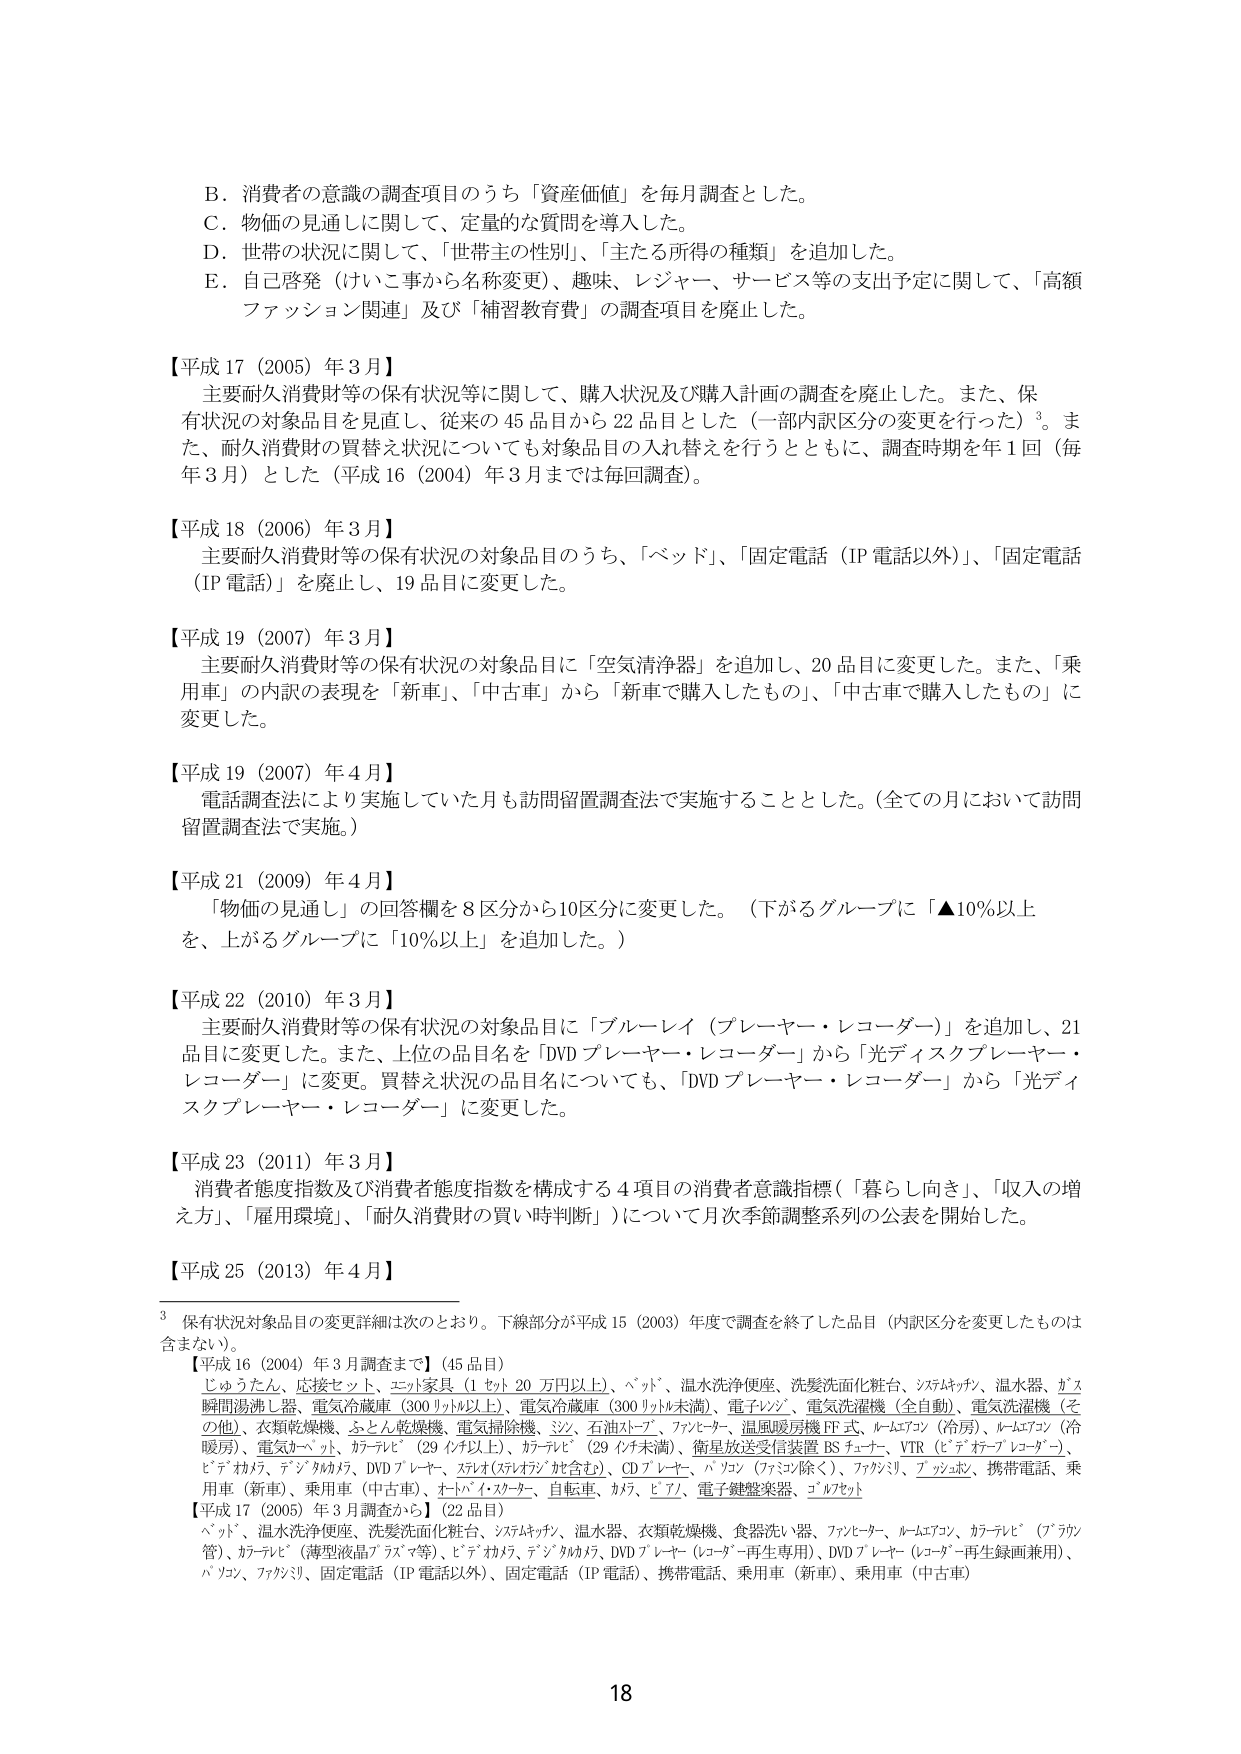
B．消費者の意識の調査項目のうち「資産価値」を毎月調査とした。
C．物価の見通しに関して、定量的な質問を導入した。
D．世帯の状況に関して、「世帯主の性別」、「主たる所得の種類」を追加した。
E．自己啓発（けいこ事から名称変更）、趣味、レジャー、サービス等の支出予定に関して、「高額ファッション関連」及び「補習教育費」の調査項目を廃止した。

【平成17（2005）年3月】
主要耐久消費財等の保有状況等に関して、購入状況及び購入計画の調査を廃止した。また、保有状況の対象品目を見直し、従来の45品目から22品目とした（一部内訳区分の変更を行った）³。また、耐久消費財の買替え状況についても対象品目の入れ替えを行うとともに、調査時期を年1回（毎年3月）とした（平成16（2004）年3月までは毎回調査）。

【平成18（2006）年3月】
主要耐久消費財等の保有状況の対象品目のうち、「ベッド」、「固定電話（IP電話以外）」、「固定電話（IP電話）」を廃止し、19品目に変更した。

【平成19（2007）年3月】
主要耐久消費財等の保有状況の対象品目に「空気清浄器」を追加し、20品目に変更した。また、「乗用車」の内訳の表現を「新車」、「中古車」から「新車で購入したもの」、「中古車で購入したもの」に変更した。

【平成19（2007）年4月】
電話調査法により実施していた月も訪問留置調査法で実施することとした。（全ての月において訪問留置調査法で実施。）

【平成21（2009）年4月】
「物価の見通し」の回答欄を8区分から10区分に変更した。（下がるグループに「▲10％以上を、上がるグループに「10％以上」を追加した。）

【平成22（2010）年3月】
主要耐久消費財等の保有状況の対象品目に「ブルーレイ（プレーヤー・レコーダー）」を追加し、21品目に変更した。また、上位の品目名を「DVDプレーヤー・レコーダー」から「光ディスクプレーヤー・レコーダー」に変更。買替え状況の品目名についても、「DVDプレーヤー・レコーダー」から「光ディスクプレーヤー・レコーダー」に変更した。

【平成23（2011）年3月】
消費者態度指数及び消費者態度指数を構成する4項目の消費者意識指標（「暮らし向き」、「収入の増え方」、「雇用環境」、「耐久消費財の買い時判断」）について月次季節調整系列の公表を開始した。

【平成25（2013）年4月】

³ 保有状況対象品目の変更詳細は次のとおり。下線部分が平成15（2003）年度で調査を終了した品目（内訳区分を変更したものは含まない）。
【平成16（2004）年3月調査まで】（45品目）
じゅうたん、応接セット、エレクトロニクス家電（1セット20万円以上）、ベッド、温水洗浄便座、洗髪洗面化粧台、システムキッチン、温水器、ガス瞬間湯沸し器、電気冷蔵庫（300リットル以上）、電気冷蔵庫（300リットル未満）、電子レンジ、電気洗濯機（全自動）、電気洗濯機（その他）、衣類乾燥機、ふとん乾燥機、電気掃除機、シンク、石油ストーブ、ファンヒーター、温風暖房機FF式、ルームエアコン（冷房）、ルームエアコン（冷暖房）、電気カーペット、カーテン（29インチ以上）、カーテン（29インチ未満）、衛星放送受信装置BSチューナー、VTR（ビデオテープレコーダー）、ビデオカメラ、デジタルカメラ、DVDプレーヤー、スカイアーチ（スカイアーチ含む）、CDプレーヤー、パソコン（ファミコン除く）、ファクシミリ、携帯電話、乗用車（新車）、乗用車（中古車）、ホットインスタント、自転車、カメラ、ビデオ、電子鍵盤楽器、ゴルフセット

【平成17（2005）年3月調査から】（22品目）
ベッド、温水洗浄便座、洗髪洗面化粧台、システムキッチン、温水器、衣類乾燥機、食器洗い器、ファンヒーター、ルームエアコン、カーテン（ブラウン管）、カーテン（薄型液晶ブラウン管）、ビデオカメラ、デジタルカメラ、DVDプレーヤー（レコーダー再生専用）、DVDプレーヤー（レコーダー再生録画兼用）、パソコン、ファクシミリ、固定電話（IP電話以外）、固定電話（IP電話）、携帯電話、乗用車（新車）、乗用車（中古車）

18